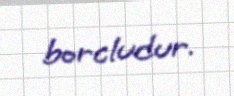
borcludur.